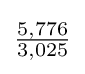
{\tfrac {5,776}{3,025}}